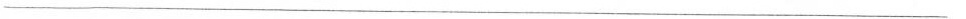
___